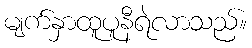
မျက်နှာထူပူနီရဲလာသည်။